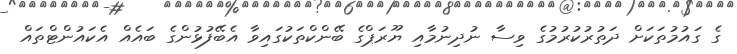
ގެ ގައުމުތަކަށް ދަތުރުކުރުމުގެ ވިސާ ނުދިނުމާއި ޔޫރަޕްގެ ބޭންކްތަކުގައިވާ އެބޭފުޅުންގެ ބައެއް އެކައުންޓްތައް